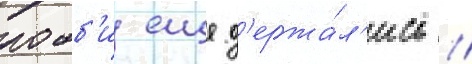
робб'и еще д'ержа́л'ись /